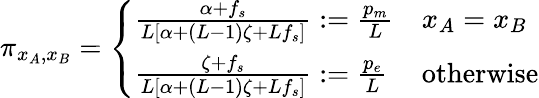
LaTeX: \begin{array}{r}{\pi_{x_{A},x_{B}}=\left\{ \begin{array}{ll}{\frac{\alpha+f_{s}}{L\left[\alpha+(L-1)\zeta+Lf_{s}\right]}:=\frac{p_{m}}{L}}&{x_{A}=x_{B}}\\ {\frac{\zeta+f_{s}}{L\left[\alpha+(L-1)\zeta+Lf_{s}\right]}:=\frac{p_{e}}{L}}&{\mathrm{otherwise}}\end{array}\right.}\end{array}